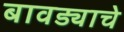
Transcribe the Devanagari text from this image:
बावड्याचे